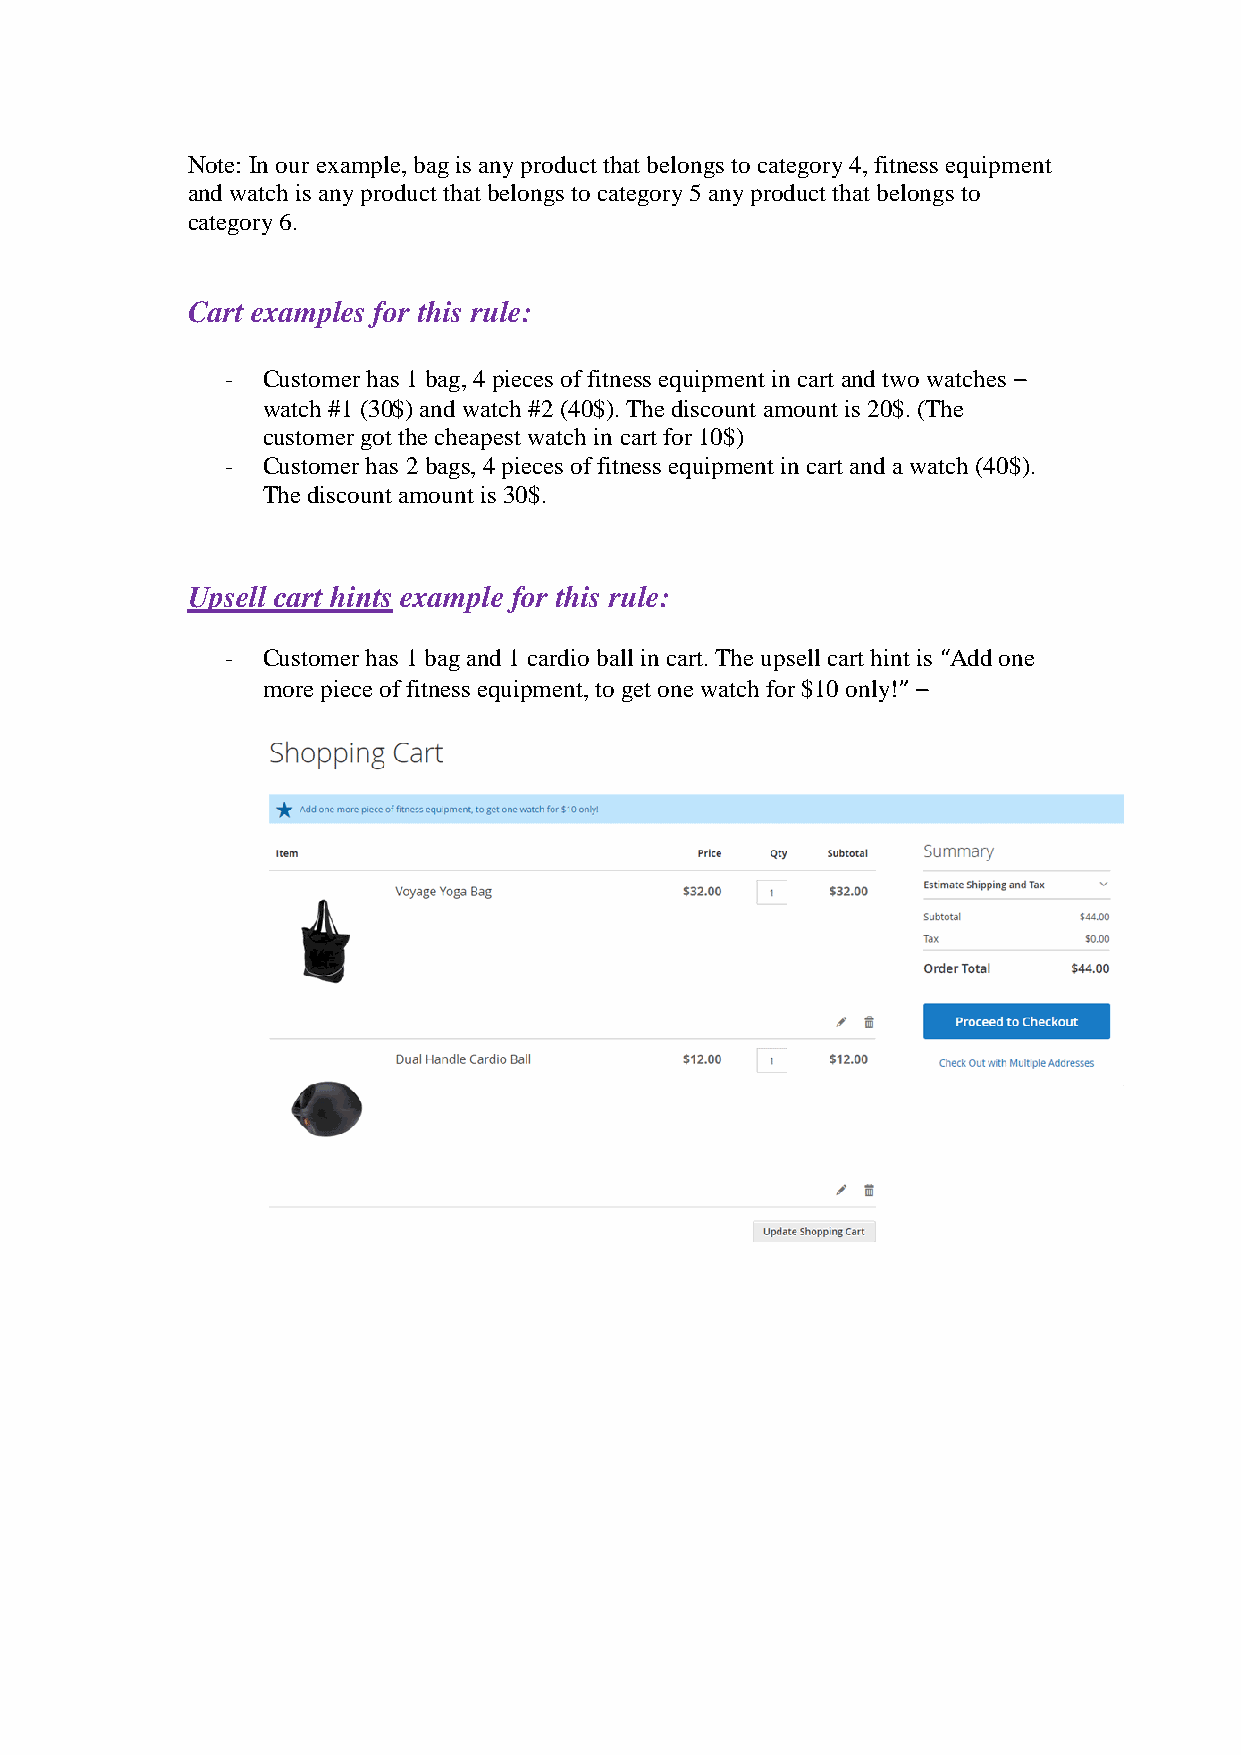
Note: In our example, bag is any product that belongs to category 4, fitness equipment
 and watch is any product that belongs to category 5 any product that belongs to
 category 6.
 Cart examples for this rule:
 - Customer has 1 bag, 4 pieces of fitness equipment in cart and two watches –
 watch #1 (30$) and watch #2 (40$). The discount amount is 20$. (The
 customer got the cheapest watch in cart for 10$)
 - Customer has 2 bags, 4 pieces of fitness equipment in cart and a watch (40$).
 The discount amount is 30$.
 Upsell cart hints example for this rule:
 - Customer has 1 bag and 1 cardio ball in cart. The upsell cart hint is “Add one
 more piece of fitness equipment, to get one watch for $10 only!” –